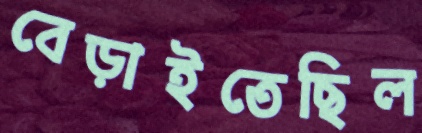
বেড়াইতেছিল